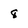
Character: 8